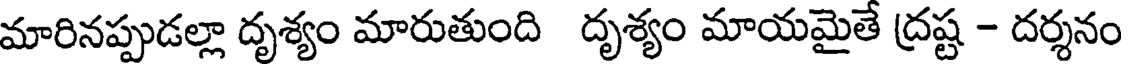
మారినప్పుడల్లా దృశ్యం మారుతుంది దృశ్యం మాయమైతే ద్రష్ట - దర్శనం